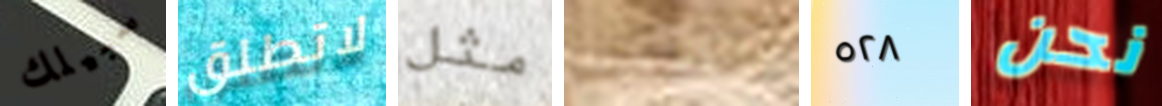
سبيلك لاتطلق مثل تقضى ٥٢٨ نحن